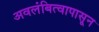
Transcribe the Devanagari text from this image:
अवलंबित्वापासून